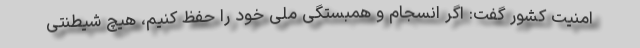
امنیت کشور گفت: اگر انسجام و همبستگی ملی خود را حفظ کنیم، هیچ شیطنتی